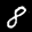
Label: 8